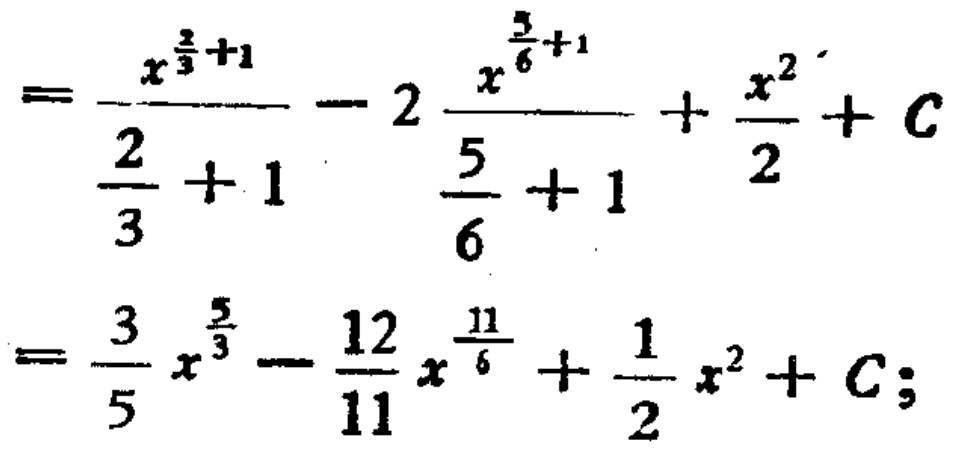
\[
\begin{align*}
&=\frac{x^{\frac{2}{3}+1}}{\frac{2}{3}+1}-2\frac{x^{\frac{5}{6}+1}}{\frac{5}{6}+1}+\frac{x^{2}}{2}+C\\
&=\frac{3}{5}x^{\frac{5}{3}}-\frac{12}{11}x^{\frac{11}{6}}+\frac{1}{2}x^{2}+C;
\end{align*}
\]